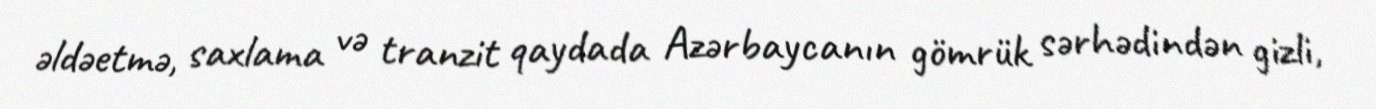
əldəetmə, saxlama və tranzit qaydada Azərbaycanın gömrük sərhədindən gizli,